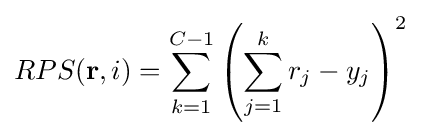
RPS(\mathbf {r} ,i)=\sum _{k=1}^{C-1}\left(\sum _{j=1}^{k}r_{j}-y_{j}\right)^{2}